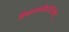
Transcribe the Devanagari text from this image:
हिमालयकिरीटिनीम्